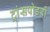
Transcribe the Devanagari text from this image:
ट्रांसपोडरों